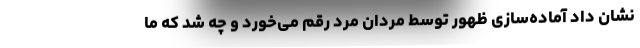
نشان داد آماده‌سازی ظهور توسط مردان مرد رقم می‌خورد و چه شد که ما